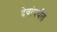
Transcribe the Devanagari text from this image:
देवांपर्यंत